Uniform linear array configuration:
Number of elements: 48
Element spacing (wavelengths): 0.5
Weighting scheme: blackman
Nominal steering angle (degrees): -60
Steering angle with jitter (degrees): -61.017
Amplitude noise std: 0.05
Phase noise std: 0.05

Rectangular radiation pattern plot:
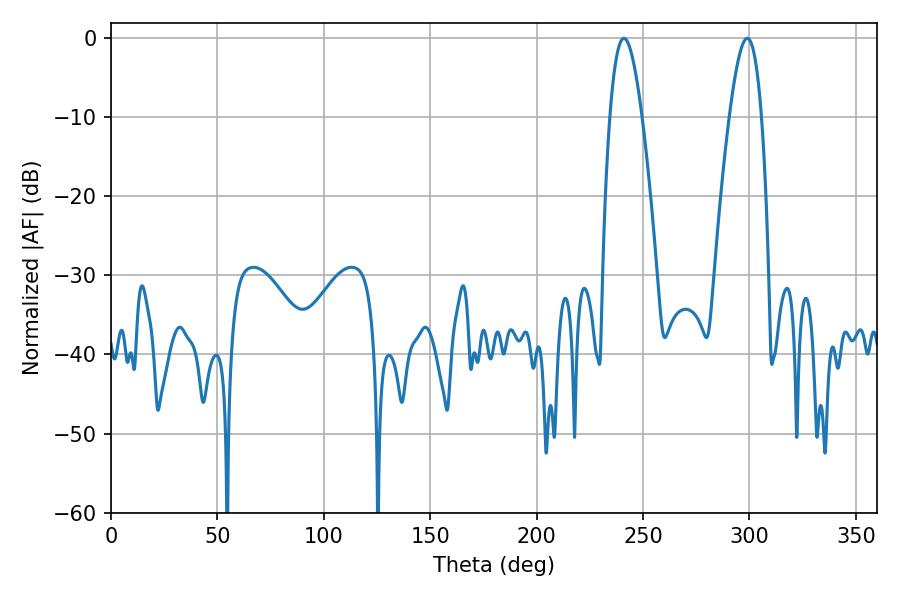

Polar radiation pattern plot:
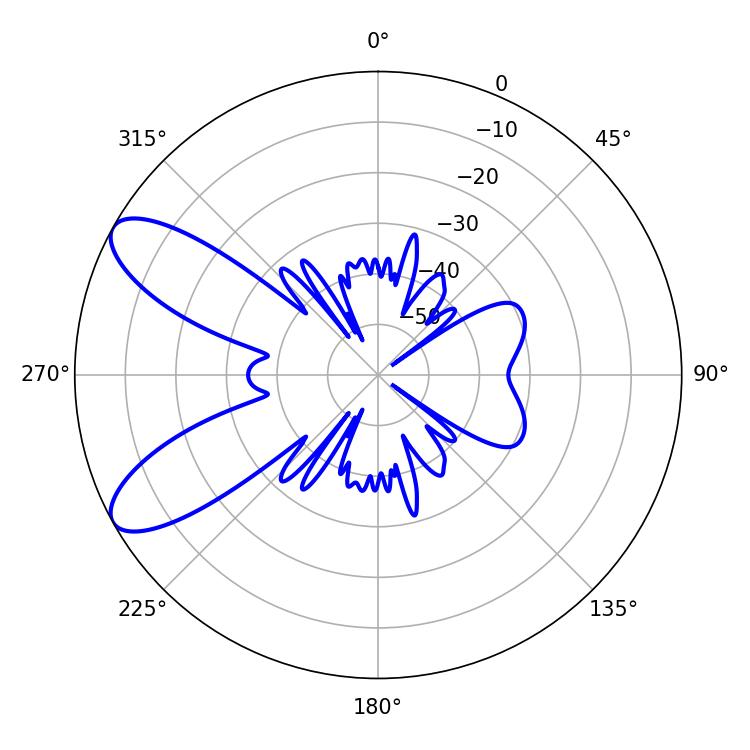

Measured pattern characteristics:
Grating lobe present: FALSE
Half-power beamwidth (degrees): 8.1
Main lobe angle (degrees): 298.98